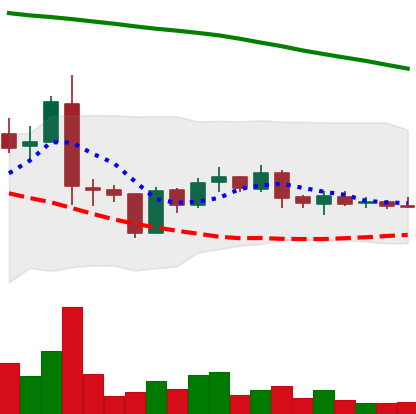
Ticker: ADA-USD
Chart end date: 2019-01-26
Forward return: -10.024%
Label: down_7plus